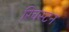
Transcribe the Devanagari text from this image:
रिचस्टन